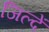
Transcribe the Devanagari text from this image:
जिल्दें